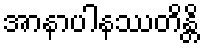
အာနာပါနဿတိန္တိ